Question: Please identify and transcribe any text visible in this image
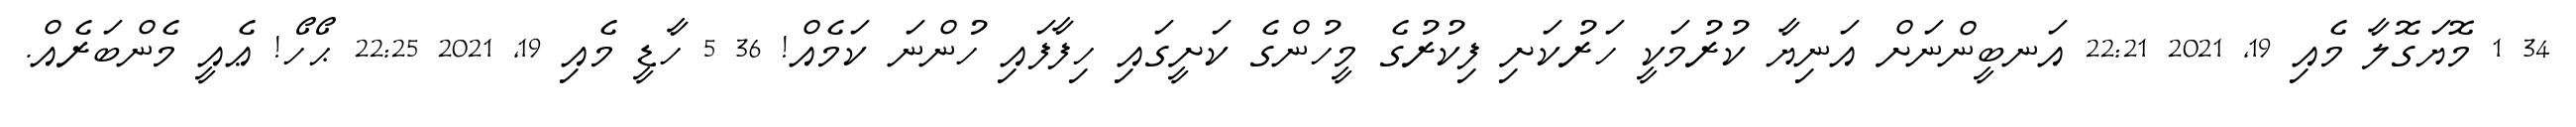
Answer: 34 1 މޮޔަގޮލާ މެއި 19, 2021 22:21 އަނބީންނަށް އަނިޔާ ކުރުމަކީ ހަރުކަށި ފިކުރުގެ މީހުންގެ ކަށީގައި ހިފާފައި ހުންނަ ކަމެއް! 36 5 ހާޑީ މެއި 19, 2021 22:25 ޙޯހޯ! ޢެއީ މެންބަރެއް.